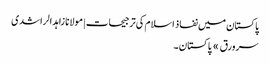
پاکستان میں نفاذ اسلام کی ترجیحات | مولانا زاہد الراشدی
سرورق » پاکستان ۔